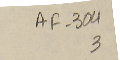
AF-304 3